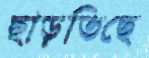
ছাড়তিছে